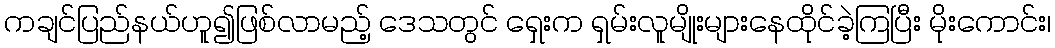
ကချင်ပြည်နယ်ဟူ၍ဖြစ်လာမည့် ဒေသတွင် ရှေးက ရှမ်းလူမျိုးများနေထိုင်ခဲ့ကြပြီး မိုးကောင်း၊